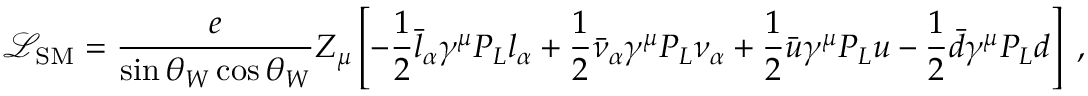
\mathcal { L } _ { \mathrm { S M } } = \frac { e } { \sin \theta _ { W } \cos \theta _ { W } } Z _ { \mu } \left[ - \frac { 1 } { 2 } \bar { l } _ { \alpha } \gamma ^ { \mu } P _ { L } l _ { \alpha } + \frac { 1 } { 2 } \bar { \nu } _ { \alpha } \gamma ^ { \mu } P _ { L } \nu _ { \alpha } + \frac { 1 } { 2 } \bar { u } \gamma ^ { \mu } P _ { L } u - \frac { 1 } { 2 } \bar { d } \gamma ^ { \mu } P _ { L } d \right] \; ,